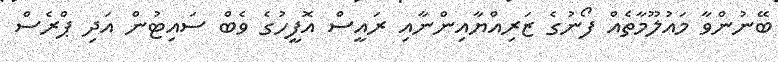
ބޭނުންވާ މައުލޫމާތެއް ފޯނުގެ ޒަރިއްޔާއިންނާއި ރައީސް އޮފީހުގެ ވެބް ސައިޓުން އަދި ޕްރެސް